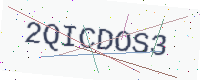
Text: 2QICDOS3